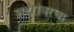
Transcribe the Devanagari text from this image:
शहरांवरचा